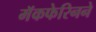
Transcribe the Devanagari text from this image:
मॅकफेरिनने